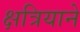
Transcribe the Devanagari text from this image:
क्षत्रियाने